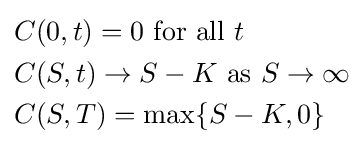
{\begin{aligned}&C(0,t)=0{\text{ for all }}t\\&C(S,t)\rightarrow S-K{\text{ as }}S\rightarrow \infty \\&C(S,T)=\max\{S-K,0\}\end{aligned}}